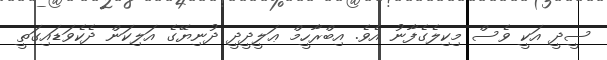
ސީދީ އަކީ ވެސް މިކިލެގެފާނު އެވެ. އިބްރާހީމް ޢަލީދީދީ ދުނިޔޭގެ އަލިކަން ދެކެވަޑައިގަތީ